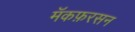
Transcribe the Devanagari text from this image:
मॅकफ़रसन